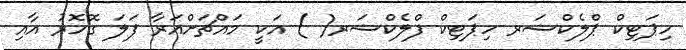
ހިޕަޓިކް ޕްލެކްޝަރ ހިޕަޓިކް ފްލެކްޝަރ( ) އަކީ މައްޗަށްއަރާ ފަލަ ގޮހޮރު އާއި